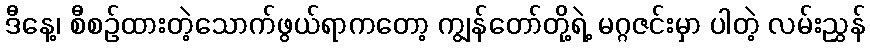
ဒီနေ့၊ စီစဉ်ထားတဲ့သောက်ဖွယ်ရာကတော့ ကျွန်တော်တို့ရဲ့ မဂ္ဂဇင်းမှာ ပါတဲ့ လမ်းညွှန်